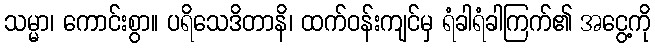
သမ္မာ၊ ကောင်းစွာ။ ပရိသေဒိတာနိ၊ ထက်ဝန်းကျင်မှ ရံခါရံခါကြက်၏ အငွေ့ကို